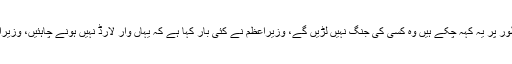
اعجاز شاہ کا کہنا تھا کہ پاکستان کی پالیسی میں واضح تبدیلی آئی ہے ، وزیراعظم واضح طور پر یہ کہہ چکے ہیں وہ کسی کی جنگ نہیں لڑیں گے، وزیراعظم نے کئی بار کہا ہے کہ یہاں وار لارڈ نہیں ہونے چاہئیں، وزیراعظم وہ کام ضرور کریں گے جو ملکی مفاد میں ہو، اب کوئی بندوق لے کر نہیں چل سکتا۔